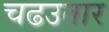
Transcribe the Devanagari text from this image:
चढउतार